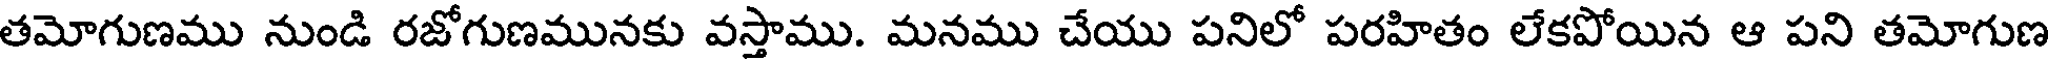
తమోగుణము నుండి రజోగుణమునకు వస్తాము. మనము చేయు పనిలో పరహితం లేకపోయిన ఆ పని తమోగుణ